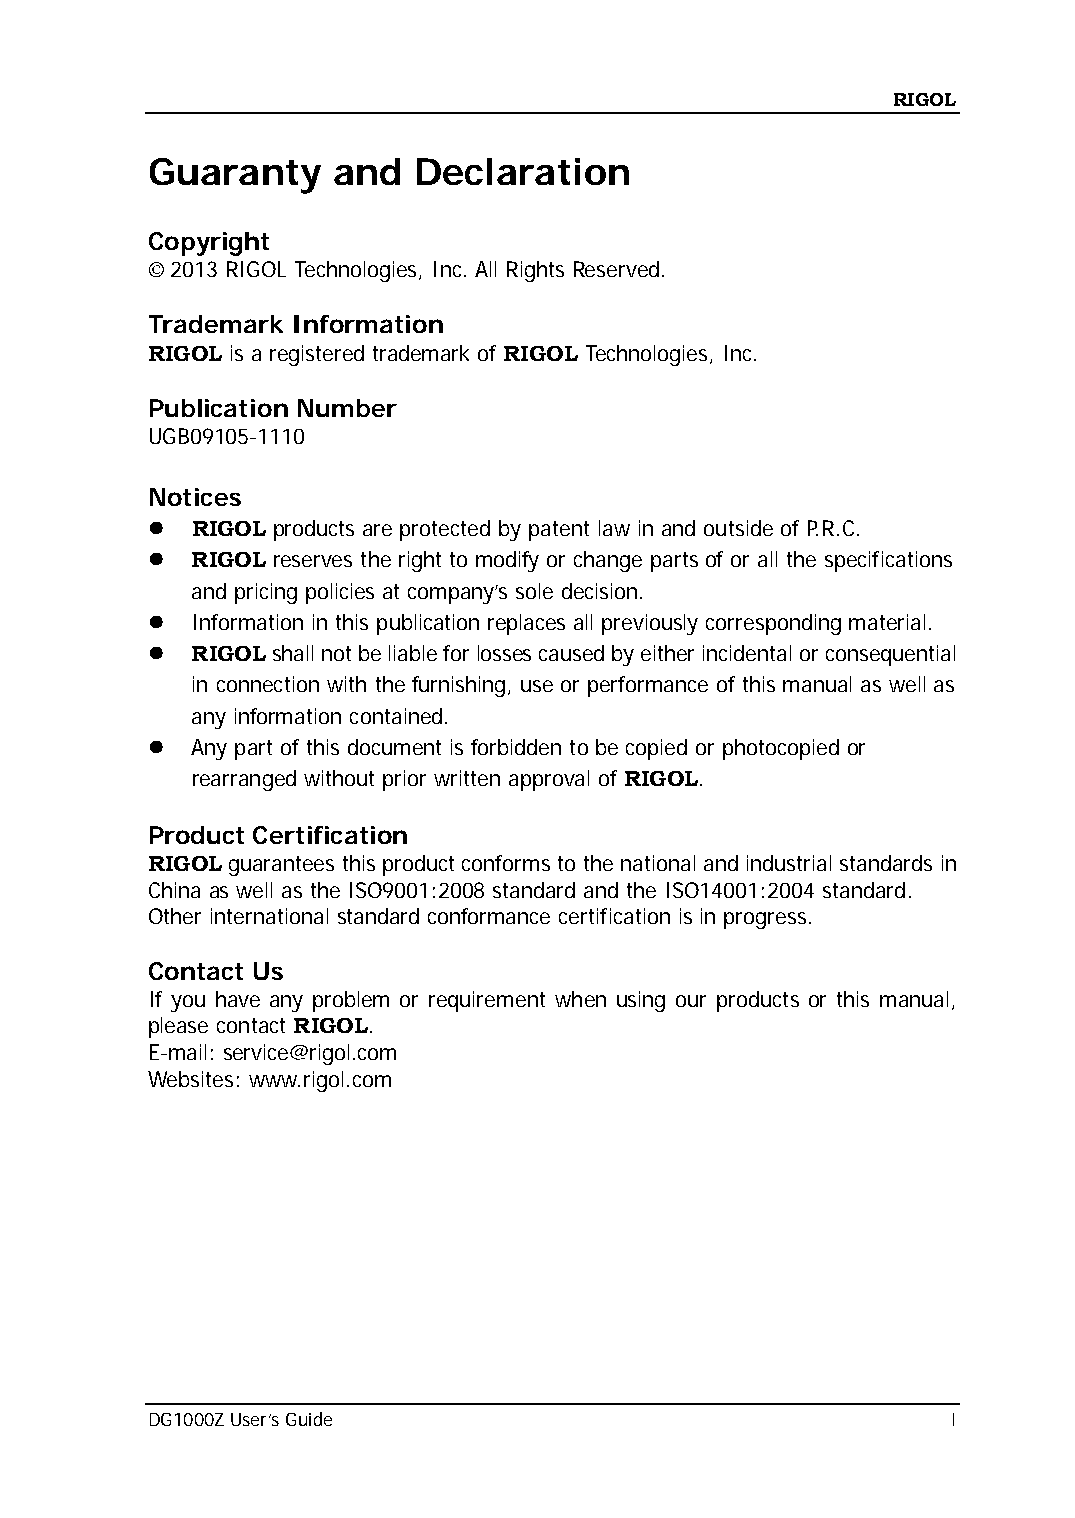
RIGOL
 Guaranty    and  Declaration
 Copyright
 © 2013 RIGOL Technologies, Inc. All Rights Reserved.
 Trademark Information
 RIGOL is a registered trademark of RIGOL Technologies, Inc.
 Publication Number
 UGB09105-1110
 Notices
   RIGOL products are protected by patent law in and outside of P.R.C.
   RIGOL reserves the right to modify or change parts of or all the specifications
 and pricing policies at company’s sole decision.
   Information in this publication replaces all previously corresponding material.
   RIGOL shall not be liable for losses caused by either incidental or consequential
 in connection with the furnishing, use or performance of this manual as well as
 any information contained.
   Any part of this document is forbidden to be copied or photocopied or
 rearranged without prior written approval of RIGOL.
 Product Certification
 RIGOL guarantees this product conforms to the national and industrial standards in
 China as well as the ISO9001:2008 standard and the ISO14001:2004 standard.
 Other international standard conformance certification is in progress.
 Contact Us
 If you have any problem or requirement when using our products or this manual,
 please contact RIGOL.
 E-mail: service@rigol.com
 Websites: www.rigol.com
 DG1000Z User’s Guide                                 I